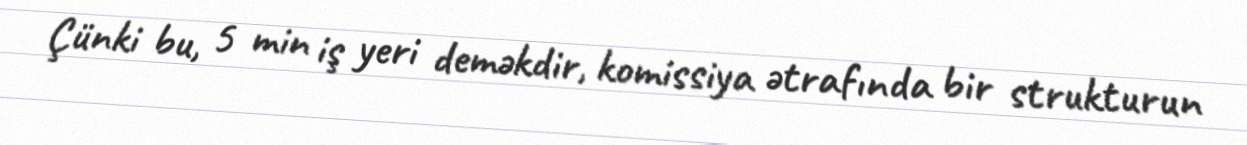
Çünki bu, 5 min iş yeri deməkdir, komissiya ətrafında bir strukturun